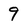
Character: 9